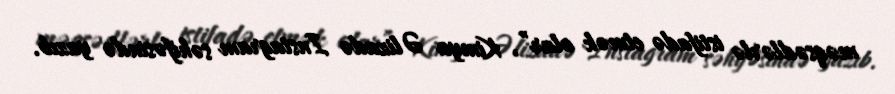
məqsədlərlə istifadə etmək olar”, Kimya Əlizadə Instagram səhifəsində yazıb.